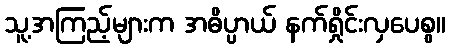
သူ့အကြည့်များက အဓိပ္ပာယ် နက်ရှိုင်းလှပေစွ။